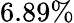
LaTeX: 6.89\%